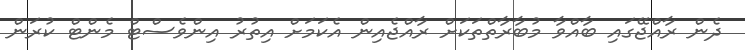
ދެން ރާއްޖޭގައި ބާއްވާ މުބާރާތްތަކަށް ރާއްޖެއިން އެކަމަށް އިތުރު އިންވެސްޓް މެންޓް ކުރަން